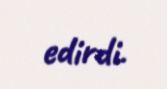
edirdi.